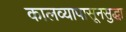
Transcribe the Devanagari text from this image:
कालव्यापासूनसुद्धा